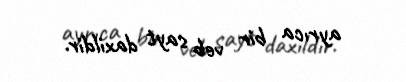
ayrıca bir veb sayt daxildir.